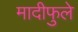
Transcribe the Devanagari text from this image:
मादीफुले